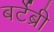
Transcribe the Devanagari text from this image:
बर्टेब्री